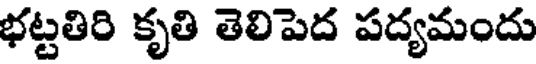
భట్టతిరి కృతి తెలిపెద పద్యమందు